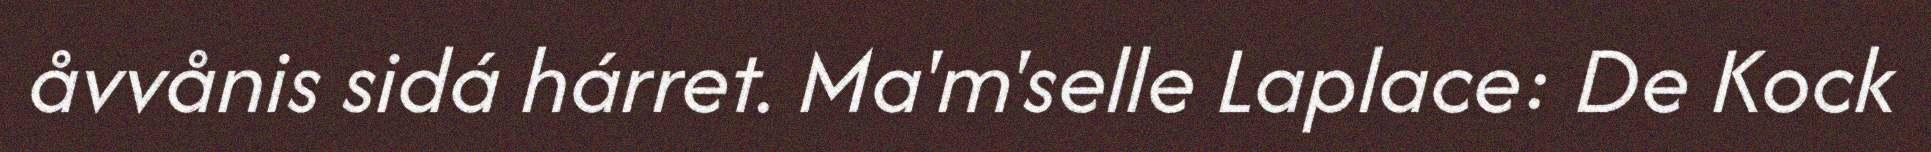
åvvånis sidá hárret. Ma'm'selle Laplace: De Kock